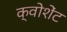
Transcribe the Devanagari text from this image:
क्वोशेंट